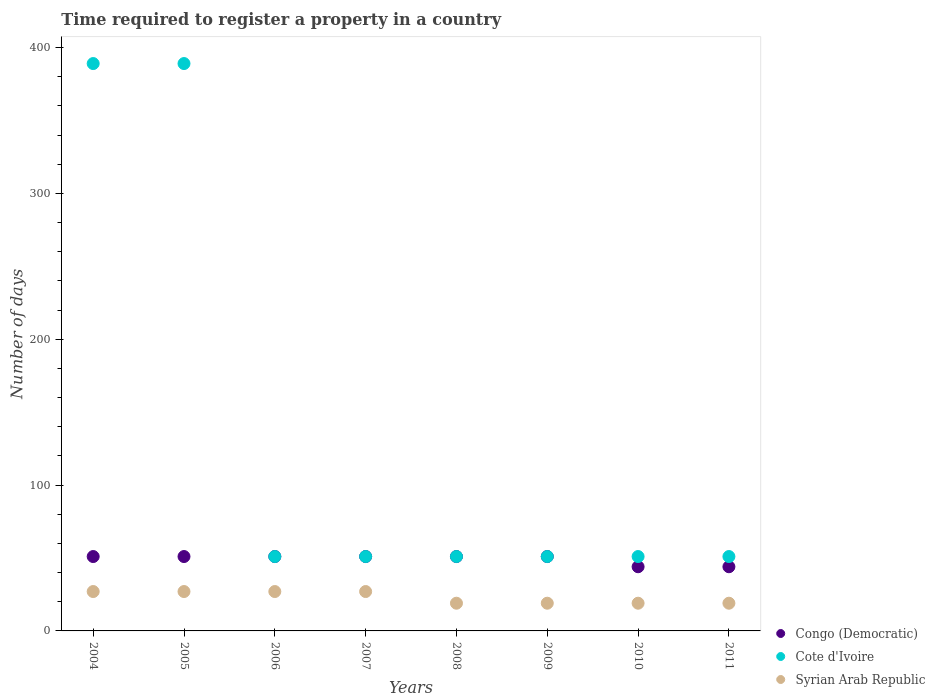
| Years | Congo (Democratic) | Cote d'Ivoire | Syrian Arab Republic |
 | --- | --- | --- | --- |
 | 2004 | 51 | 389 | 27 |
 | 2005 | 51 | 389 | 27 |
 | 2006 | 51 | 51 | 27 |
 | 2007 | 51 | 51 | 27 |
 | 2008 | 51 | 51 | 19 |
 | 2009 | 51 | 51 | 19 |
 | 2010 | 44 | 51 | 19 |
 | 2011 | 44 | 51 | 19 |